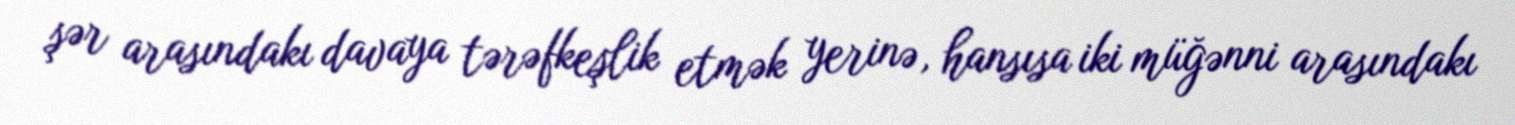
şər arasındakı davaya tərəfkeşlik etmək yerinə, hansısa iki müğənni arasındakı